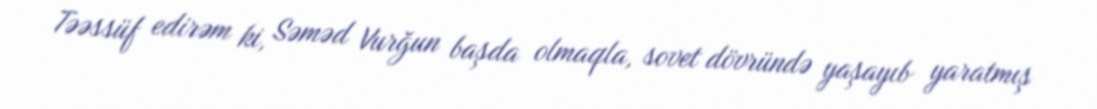
Təəssüf edirəm ki, Səməd Vurğun başda olmaqla, sovet dövründə yaşayıb yaratmış